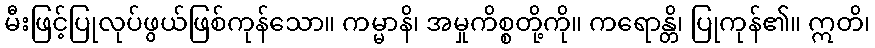
မီးဖြင့်ပြုလုပ်ဖွယ်ဖြစ်ကုန်သော။ ကမ္မာနိ၊ အမှုကိစ္စတို့ကို။ ကရောန္တိ၊ ပြုကုန်၏။ ဣတိ၊